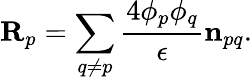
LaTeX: \mathbf{R}_{p}=\sum_{q\neq p}\frac{4\phi_{p}\phi_{q}}{\epsilon}\mathbf{n}_{pq}.